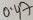
Text: 0.47